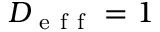
D _ { \mathrm { ~ e ~ f ~ f ~ } } = 1